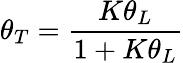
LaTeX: \theta_{T}=\frac{K\theta_{L}}{1+K\theta_{L}}